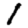
Digit: 1